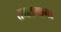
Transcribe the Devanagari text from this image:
तमतमाना